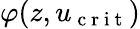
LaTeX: \varphi(z,u_{\mathrm{~c~r~i~t~}})